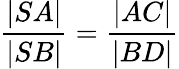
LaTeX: {\frac{|SA|}{|SB|}}={\frac{|AC|}{|BD|}}